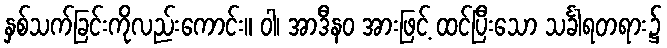
နှစ်သက်ခြင်းကိုလည်းကောင်း။ ဝါ၊ အာဒီနဝ အားဖြင့် ထင်ပြီးသော သင်္ခါရတရား၌